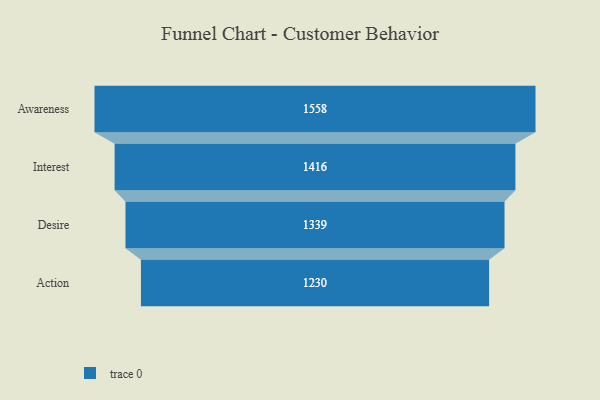
{"axis": {"x": "Stage", "y": "Value"}, "legend": [""], "data": [{"x": "Awareness", "y": 1558.0, "type": ""}, {"x": "Interest", "y": 1416.0, "type": ""}, {"x": "Desire", "y": 1339.0, "type": ""}, {"x": "Action", "y": 1230.0, "type": ""}]}